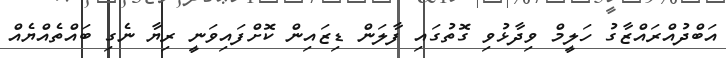
އަބްދުއްރައްޒާގު ހަލީމް ވިދާޅުވި ގޮތުގައި ފާލަން ޑިޒައިން ކޮށްފައިވަނީ ރިޔާ ނެގި ބައްތެއްޔެއް